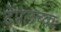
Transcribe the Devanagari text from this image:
टेंपलच्या